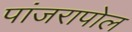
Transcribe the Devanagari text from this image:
पांजरापोल